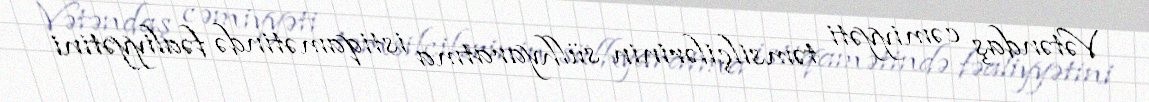
Vətəndaş cəmiyyəti təmsilçilərinin sülhyaratma istiqamətində fəaliyyətini